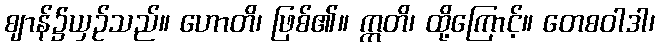
ဈာန်၌ယှဉ်သည်။ ဟောတိ၊ ဖြစ်၏။ ဣတိ၊ ထို့ကြောင့်။ တေစဝါဒါ၊